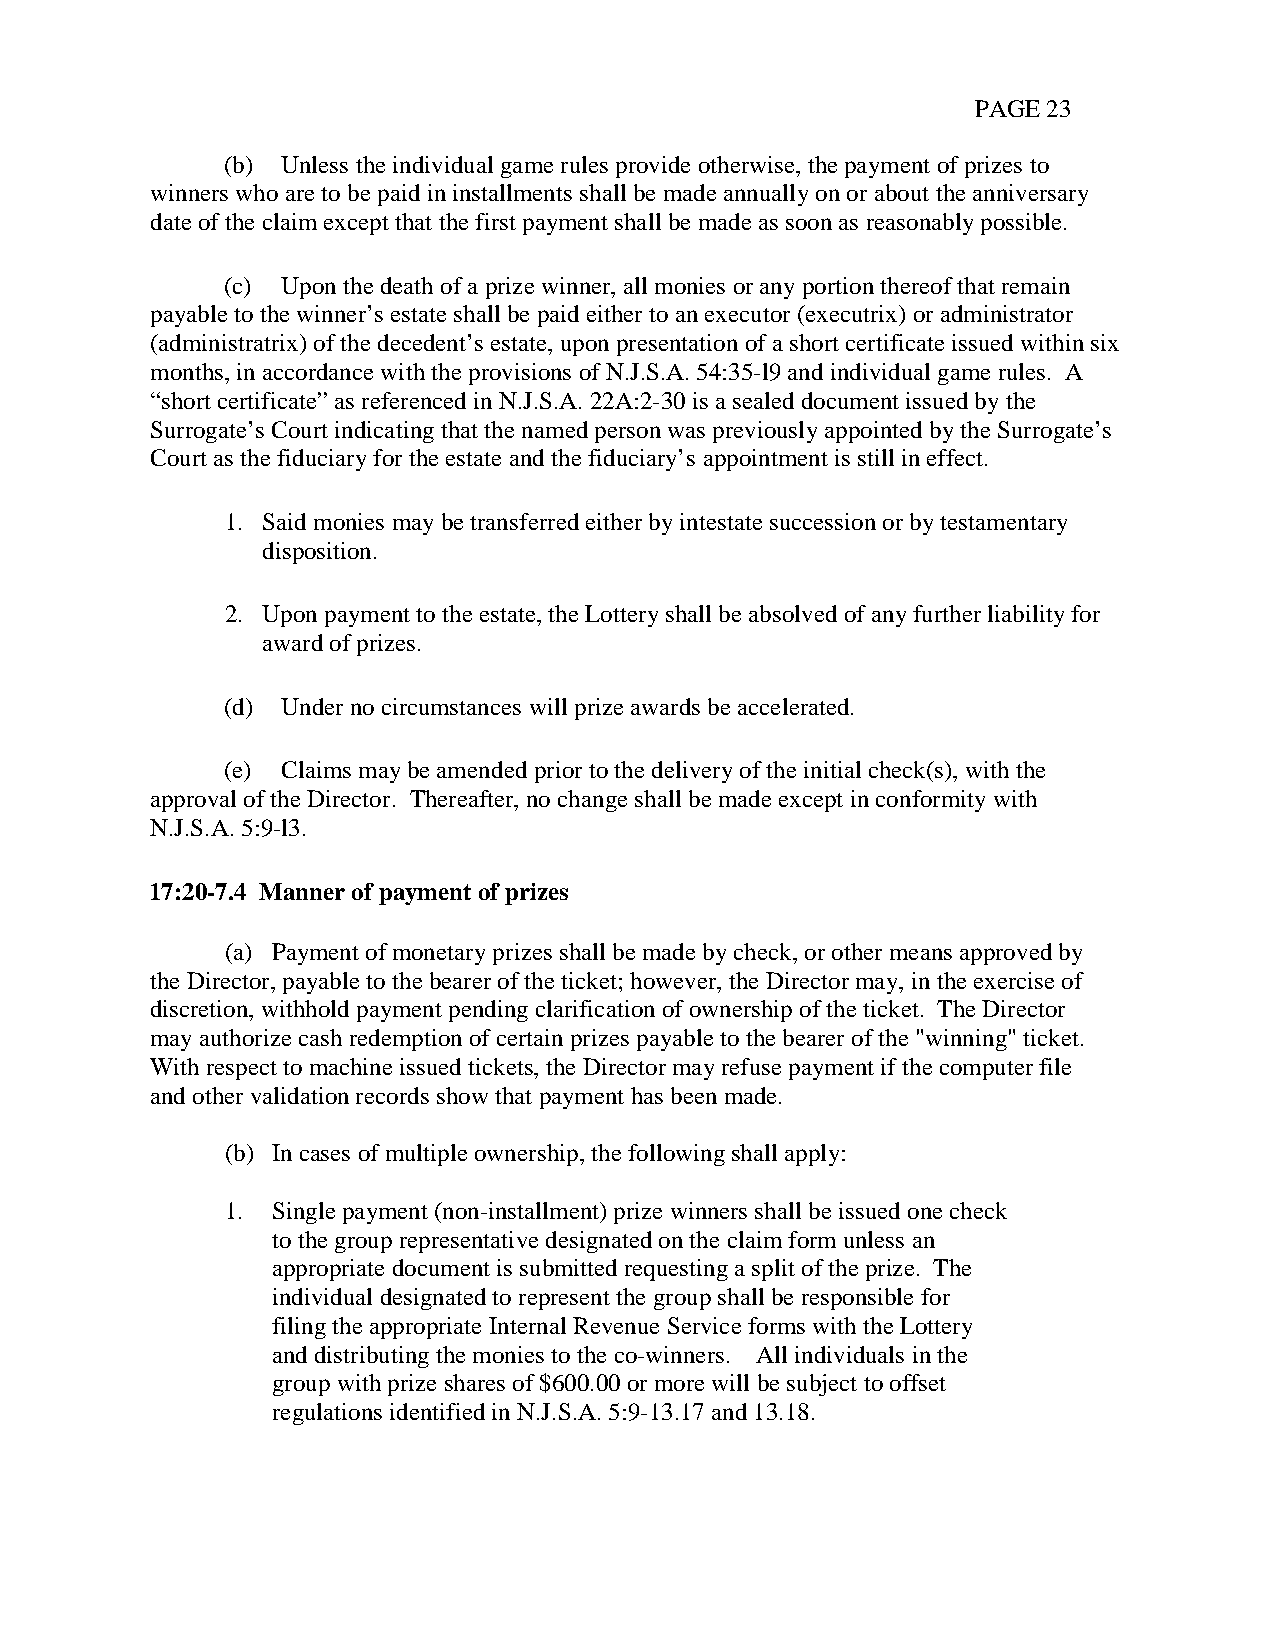
PAGE 23
 (b) Unless the individual game rules provide otherwise, the payment of prizes to
 winners who are to be paid in installments shall be made annually on or about the anniversary
 date of the claim except that the first payment shall be made as soon as reasonably possible.
 (c) Upon the death of a prize winner, all monies or any portion thereof that remain
 payable to the winner’s estate shall be paid either to an executor (executrix) or administrator
 (administratrix) of the decedent’s estate, upon presentation of a short certificate issued within six
 months, in accordance with the provisions of N.J.S.A. 54:35-l9 and individual game rules. A
 “short certificate” as referenced in N.J.S.A. 22A:2-30 is a sealed document issued by the
 Surrogate’s Court indicating that the named person was previously appointed by the Surrogate’s
 Court as the fiduciary for the estate and the fiduciary’s appointment is still in effect.
 1. Said monies may be transferred either by intestate succession or by testamentary
 disposition.
 2. Upon payment to the estate, the Lottery shall be absolved of any further liability for
 award of prizes.
 (d) Under no circumstances will prize awards be accelerated.
 (e) Claims may be amended prior to the delivery of the initial check(s), with the
 approval of the Director. Thereafter, no change shall be made except in conformity with
 N.J.S.A. 5:9-l3.
 17:20-7.4 Manner of payment of prizes
 (a) Payment of monetary prizes shall be made by check, or other means approved by
 the Director, payable to the bearer of the ticket; however, the Director may, in the exercise of
 discretion, withhold payment pending clarification of ownership of the ticket. The Director
 may authorize cash redemption of certain prizes payable to the bearer of the "winning" ticket.
 With respect to machine issued tickets, the Director may refuse payment if the computer file
 and other validation records show that payment has been made.
 (b) In cases of multiple ownership, the following shall apply:
 1. Single payment (non-installment) prize winners shall be issued one check
 to the group representative designated on the claim form unless an
 appropriate document is submitted requesting a split of the prize. The
 individual designated to represent the group shall be responsible for
 filing the appropriate Internal Revenue Service forms with the Lottery
 and distributing the monies to the co-winners. All individuals in the
 group with prize shares of $600.00 or more will be subject to offset
 regulations identified in N.J.S.A. 5:9-13.17 and 13.18.